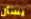
يسأل